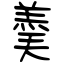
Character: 羮